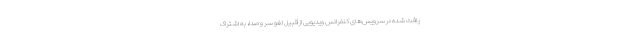
یافت شده در سرویس‌های کنفرانس ویدیویی از قبیل لغو سر و صدا، به اشتراک